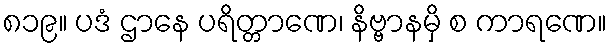
၈၁၉။ ပဒံ ဌာနေ ပရိတ္တာဏေ၊ နိဗ္ဗာနမှိ စ ကာရဏေ။